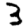
Digit: 3